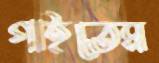
গাইতেম